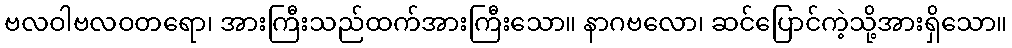
ဗလဝါဗလဝတရော၊ အားကြီးသည်ထက်အားကြီးသော။ နာဂဗလော၊ ဆင်ပြောင်ကဲ့သို့အားရှိသော။